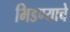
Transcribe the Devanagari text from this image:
भिडण्याचे